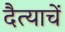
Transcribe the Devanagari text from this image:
दैत्याचें